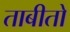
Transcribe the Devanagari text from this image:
ताबीतो